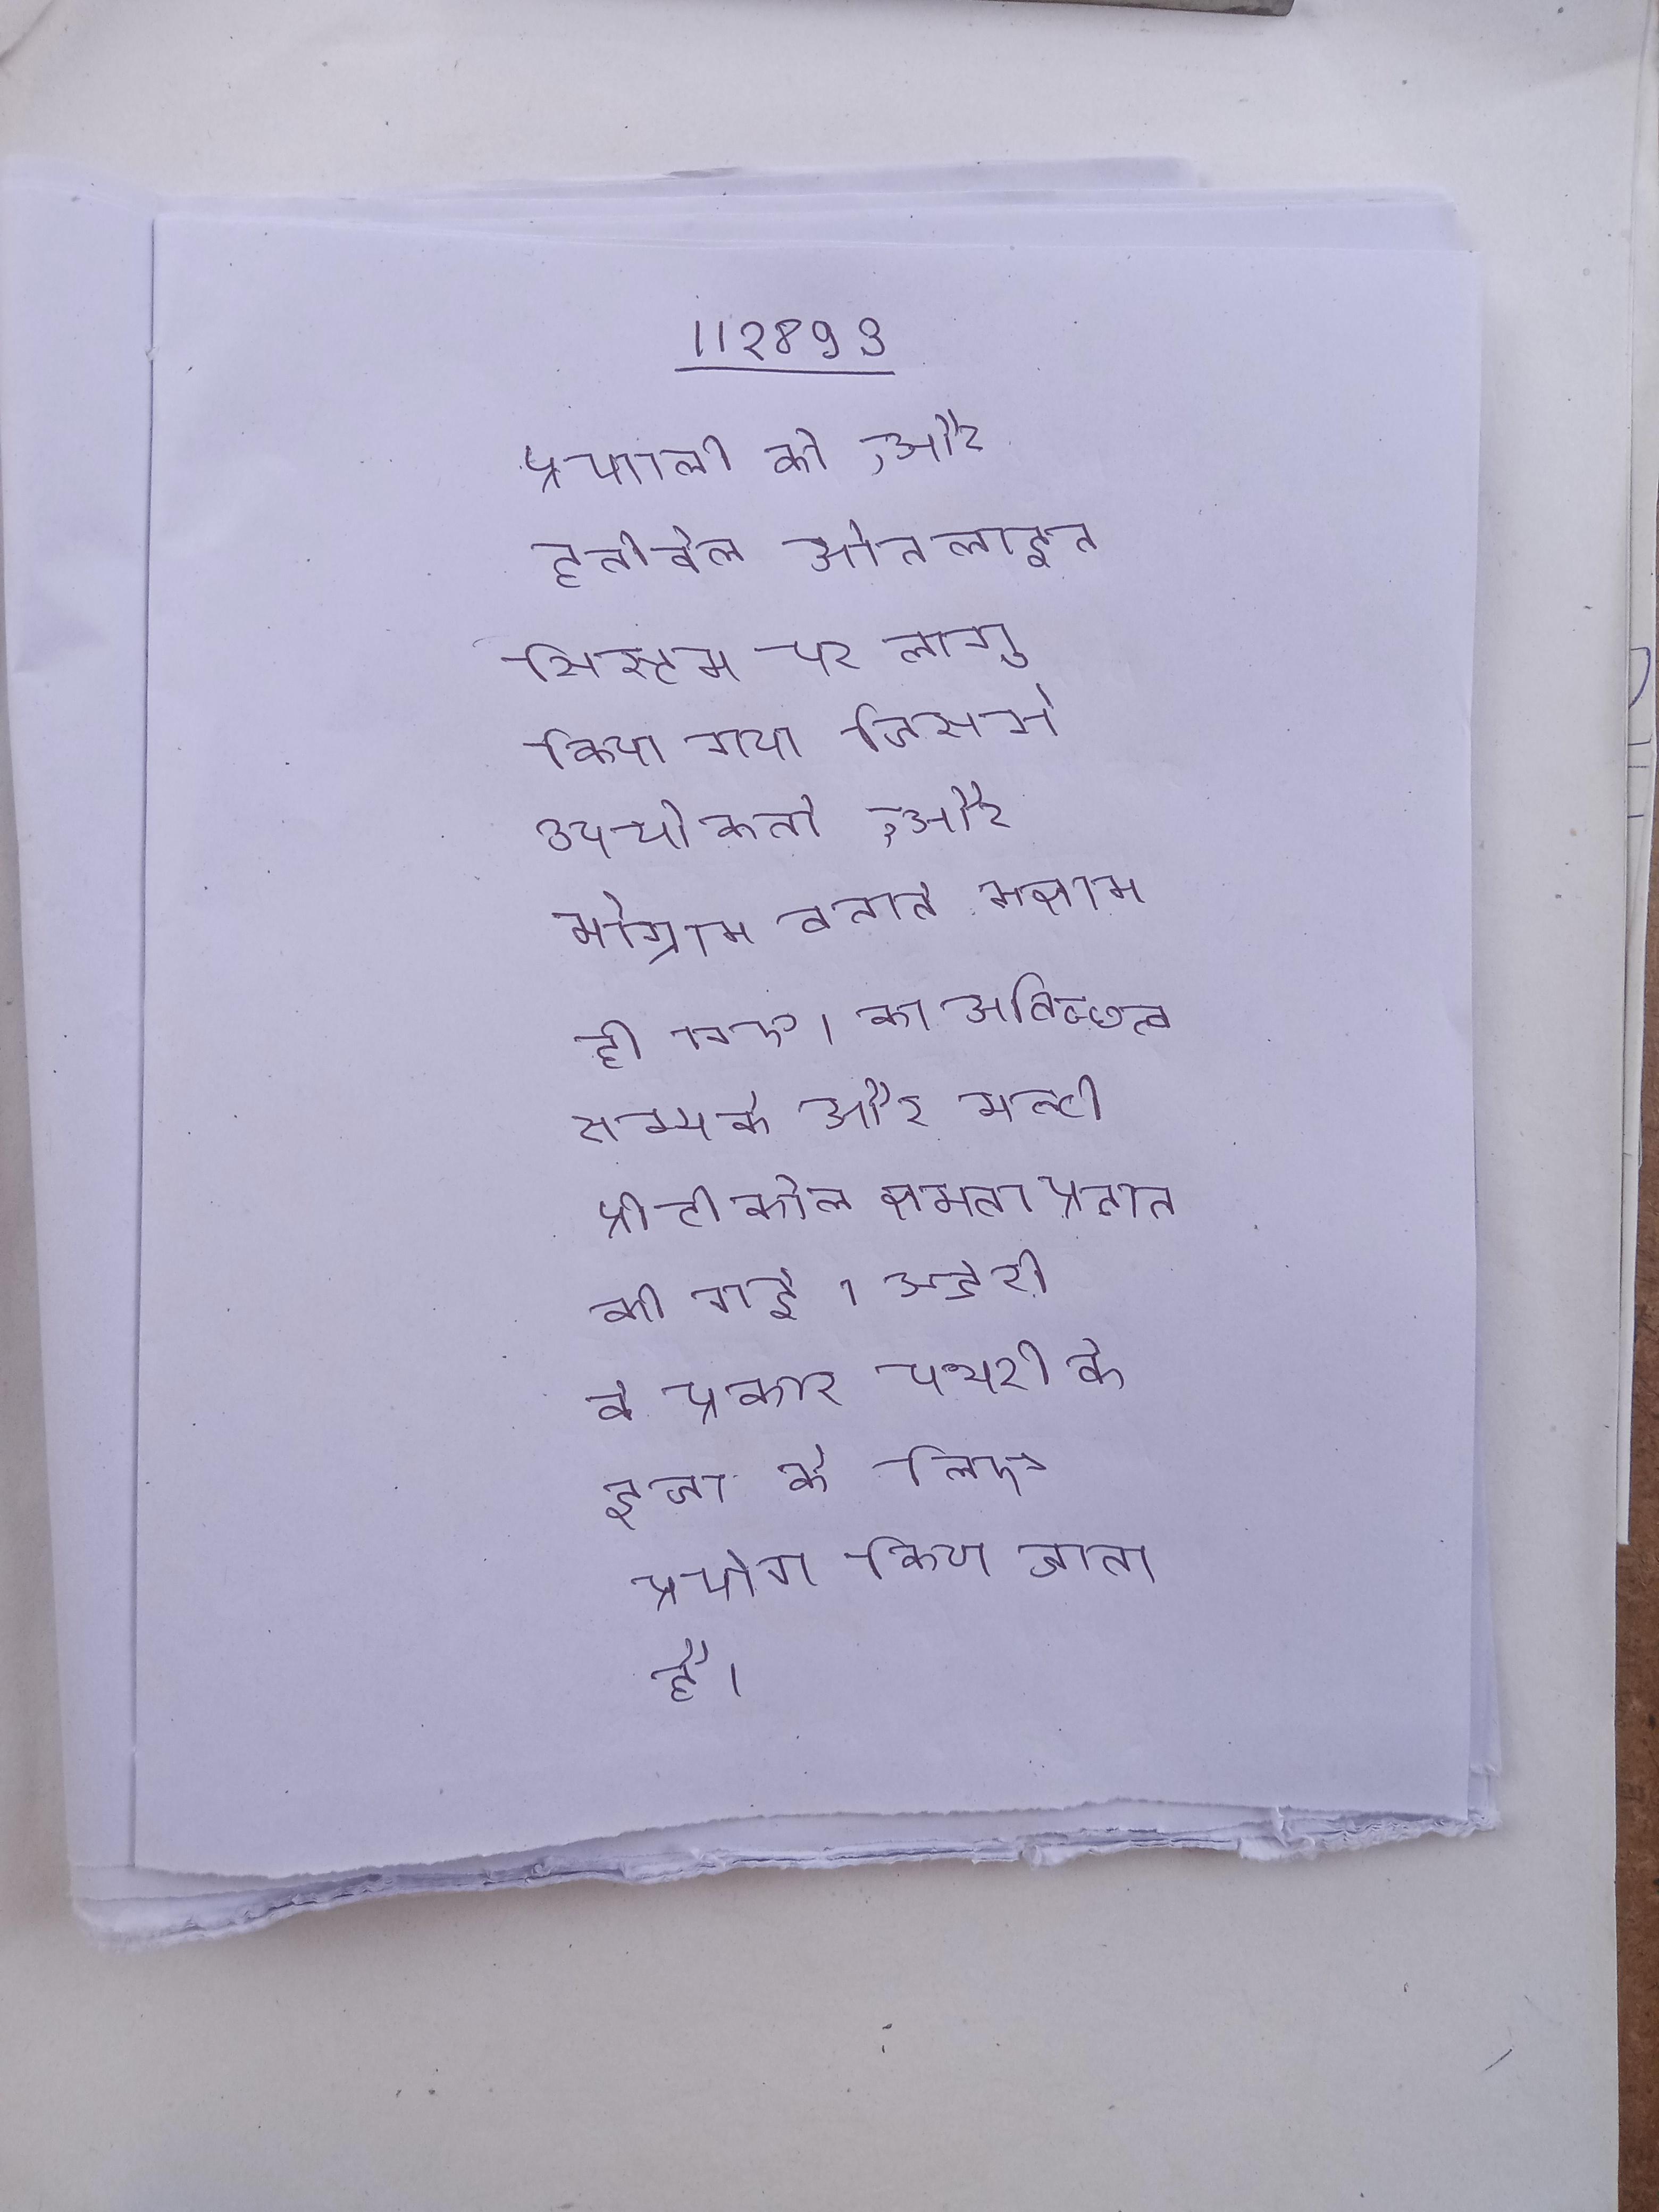
प्रणाली को, और हनीवेल ऑनलाइन सिस्टम पर लागू किया गया जिससे उपयोगकर्ता, और मॉडेम के माध्यम से प्रोग्राम बनाने सक्षम हो गए । का अविच्छत्व सम्पर्क और मल्टी-प्रोटोकॉल क्षमता प्रदान की गई । सर्जरी के प्रकार पथरी के इलाज के लिए प्रयोग किया जाता है ।